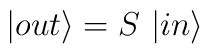
|out \rangle = S~| in \rangle